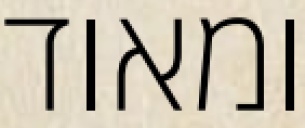
ומאוד